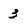
Character: 3